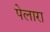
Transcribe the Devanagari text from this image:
पेलारा